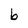
Character: b